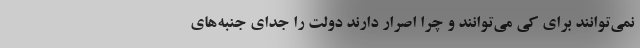
نمی‌توانند برای کی می‌توانند و چرا اصرار دارند دولت را جدای جنبه‌های